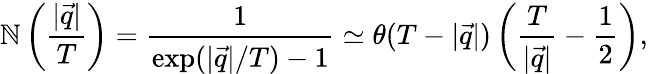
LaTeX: \mathbb{N}\left(\frac{{|\vec{{q}}|}}{{T}}\right)=\frac{{1}}{{\exp(|\vec{{q}}|/T)-1}}\simeq\theta(T-|\vec{{q}}|)\left(\frac{{T}}{{|\vec{{q}}|}}-\frac{1}{2}\right),